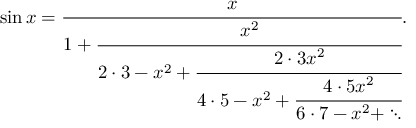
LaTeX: \sin x = { \cfrac { x } { 1 + { \cfrac { x ^ { 2 } } { 2 \cdot 3 - x ^ { 2 } + { \cfrac { 2 \cdot 3 x ^ { 2 } } { 4 \cdot 5 - x ^ { 2 } + { \cfrac { 4 \cdot 5 x ^ { 2 } } { 6 \cdot 7 - x ^ { 2 } + \ddots } } } } } } } } .